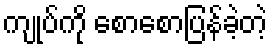
ကျုပ်ကို စောစောပြန်ခဲ့တဲ့